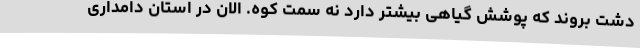
دشت بروند که پوشش گیاهی بیشتر دارد نه سمت کوه. الان در استان دامداری